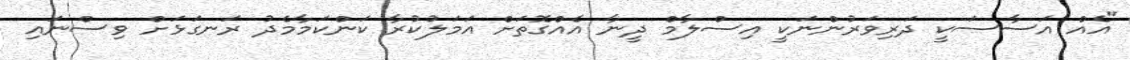
"އެއް އަސާސަކީ ދަރިވަރުންނަކީ އިސްލާމް ދީނާ އެއްގޮތަށް އަމަލުކުރާ ކަންކަމާމެދު ރަނގަޅަށް ވިސްނައި